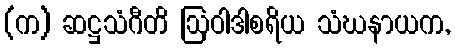
(က) ဆဋ္ဌသံဂီတိ ဩဝါဒါစရိယ သံဃနာယက,